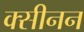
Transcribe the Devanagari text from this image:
क्सीनन